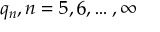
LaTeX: q _ { n } , n = 5 , 6 , \dots , \infty